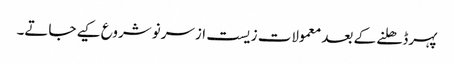
پہرڈھلنے کے بعد معمولات زیست ازسرنو شروع کیے جاتے۔